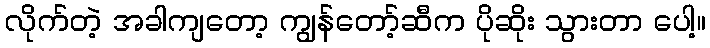
လိုက်တဲ့ အခါကျတော့ ကျွန်တော့်ဆီက ပိုဆိုး သွားတာ ပေါ့။